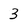
Character: 3